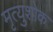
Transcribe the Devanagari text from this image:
मृत्युशोक